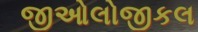
જીઓલોજીકલ